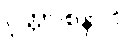
ဝုတ္တဝစနာပိ